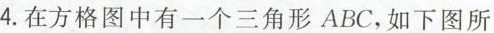
4.在方格图中有一个三角形ABC，如下图所